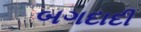
બગદાદી